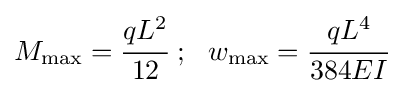
M_{\mathrm {max} }={\cfrac {qL^{2}}{12}}~;~~w_{\mathrm {max} }={\cfrac {qL^{4}}{384EI}}